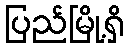
ပြည်မြို့ရှိ